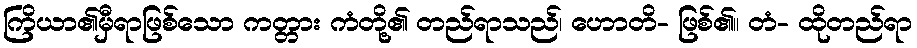
ကြိယာ၏မှီရာဖြစ်သော ကတ္တား ကံတို့၏ တည်ရာသည်၊ ဟောတိ- ဖြစ်၏။ တံ- ထိုတည်ရာ